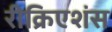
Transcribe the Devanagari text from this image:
रीक्रिएशंस